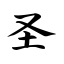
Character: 圣